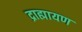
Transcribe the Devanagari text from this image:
द्राह्मायण